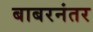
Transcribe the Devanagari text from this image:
बाबरनंतर